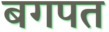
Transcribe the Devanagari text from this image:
बगपत